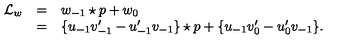
\begin{array} { l c l } { { \mathcal L } _ { w } } & { = } & { w _ { - 1 } \star p + w _ { 0 } } \\ { } & { = } & { \{ u _ { - 1 } v _ { - 1 } ^ { \prime } - u _ { - 1 } ^ { \prime } v _ { - 1 } \} \star p + \{ u _ { - 1 } v _ { 0 } ^ { \prime } - u _ { 0 } ^ { \prime } v _ { - 1 } \} . } \\ \end{array}